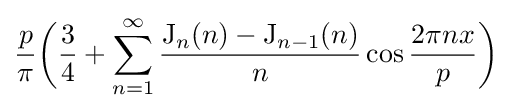
{\frac {p}{\pi }}{\biggl (}{\frac {3}{4}}+\sum _{n=1}^{\infty }{\frac {\operatorname {J} _{n}(n)-\operatorname {J} _{n-1}(n)}{n}}\cos {\frac {2\pi nx}{p}}{\biggr )}